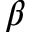
\beta